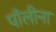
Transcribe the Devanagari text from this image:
पॉलीना